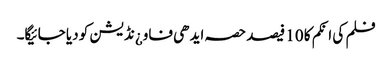
فلم کی انکم کا 10 فیصد حصہ ایدھی فاو¿نڈیشن کو دیا جائیگا۔